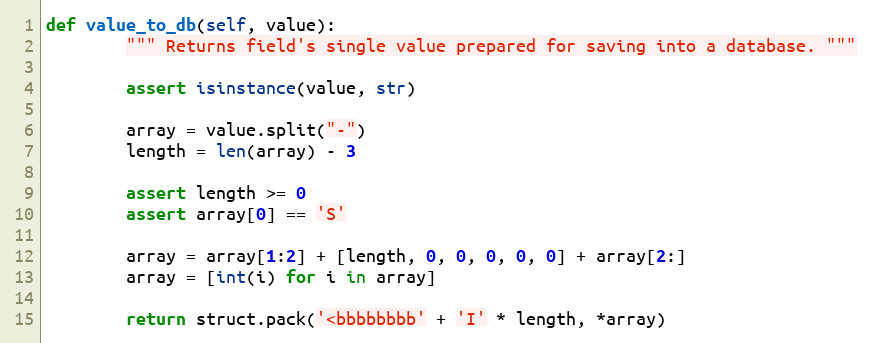
Language: Python
def value_to_db(self, value):
        """ Returns field's single value prepared for saving into a database. """

        assert isinstance(value, str)

        array = value.split("-")
        length = len(array) - 3

        assert length >= 0
        assert array[0] == 'S'

        array = array[1:2] + [length, 0, 0, 0, 0, 0] + array[2:]
        array = [int(i) for i in array]

        return struct.pack('<bbbbbbbb' + 'I' * length, *array)